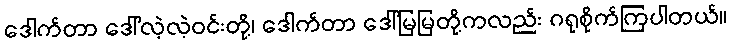
ဒေါက်တာ ဒေါ်လဲ့လဲ့ဝင်းတို့၊ ဒေါက်တာ ဒေါ်မြမြတို့ကလည်း ဂရုစိုက်ကြပါတယ်။